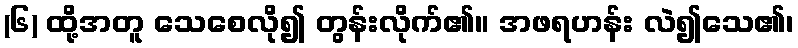
(၆) ထို့အတူ သေစေလို၍ တွန်းလိုက်၏။ အဖရဟန်း လဲ၍သေ၏၊